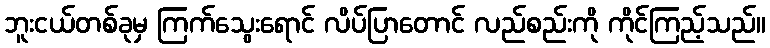
ဘူးငယ်တစ်ခုမှ ကြက်သွေးရောင် လိပ်ပြာတောင် လည်စည်းကို ကိုင်ကြည့်သည်။